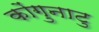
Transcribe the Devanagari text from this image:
कोंगुनाटु